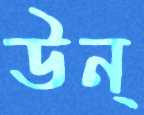
উন্